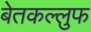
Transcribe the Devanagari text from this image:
बेतकल्लुफ